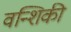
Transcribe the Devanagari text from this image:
वन्शिकी